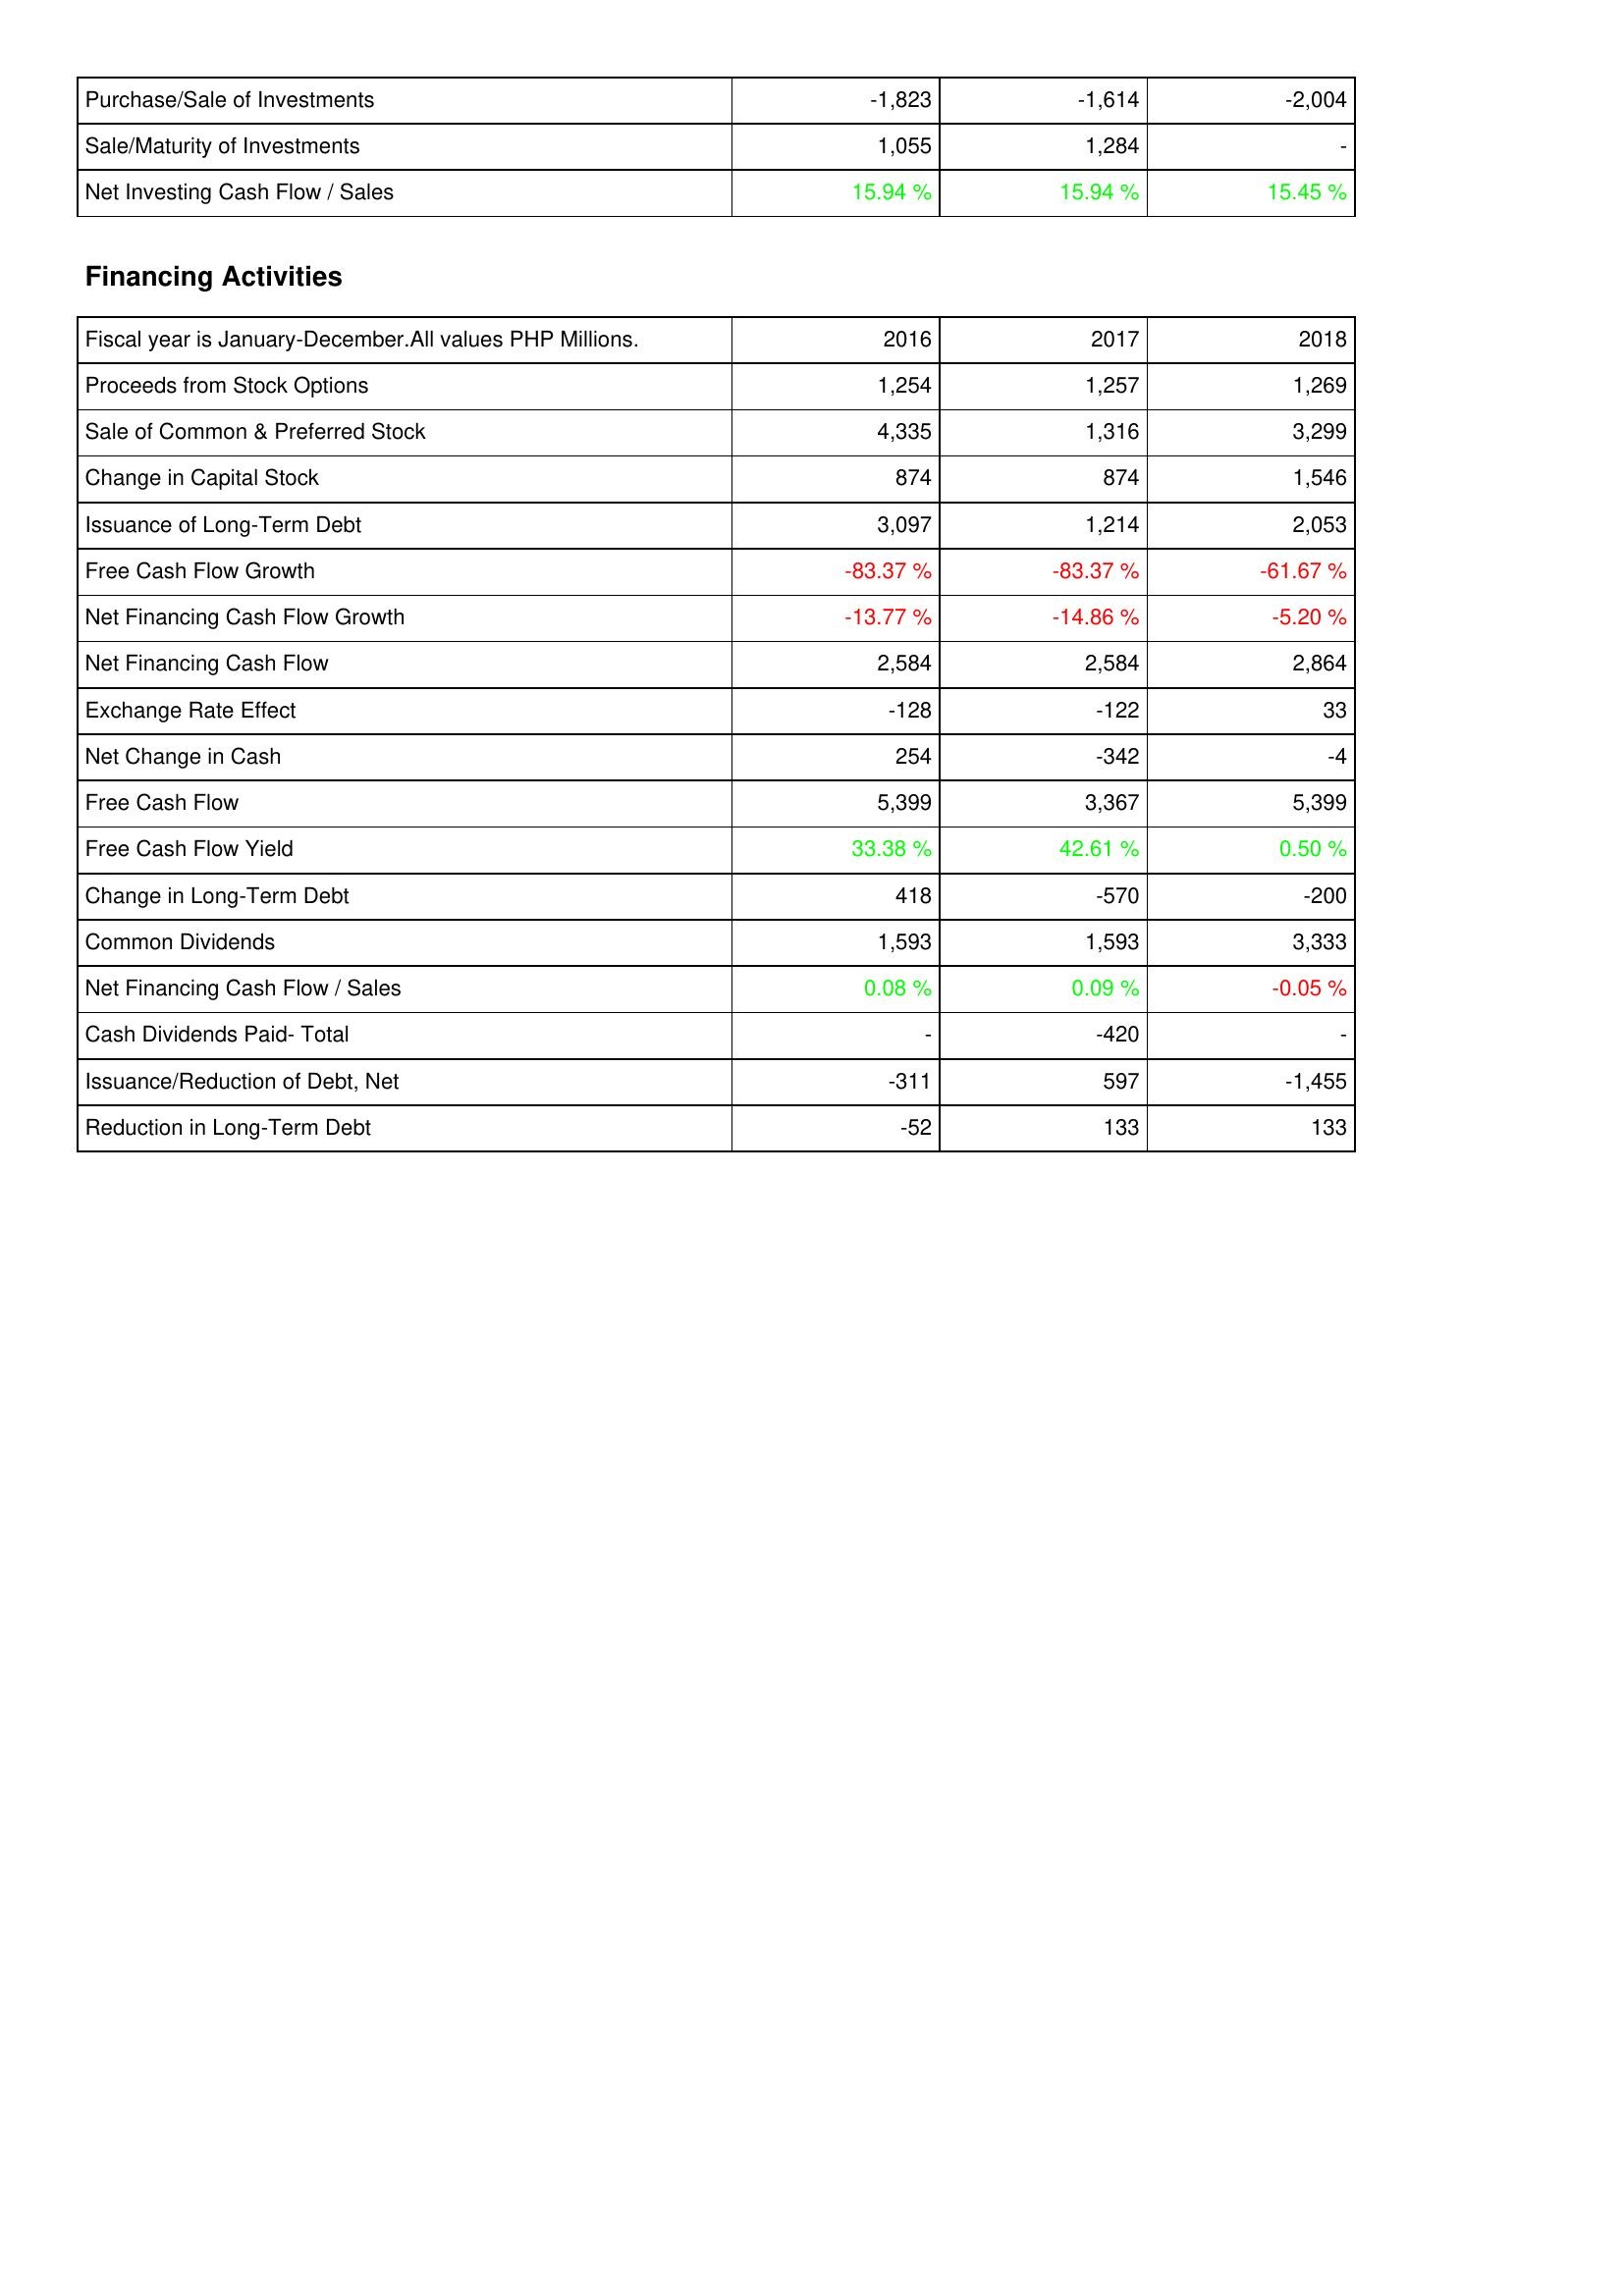
2016: Investing Activities: Purchase/Sale of Investments: -1,823
Sale/Maturity of Investments: 1,055
Net Investing Cash Flow / Sales: 15.94 %
Financing Activities: Proceeds from Stock Options: 1,254
Sale of Common & Preferred Stock: 4,335
Change in Capital Stock: 874
Issuance of Long-Term Debt: 3,097
Free Cash Flow Growth: -83.37 %
Net Financing Cash Flow Growth: -13.77 %
Net Financing Cash Flow: 2,584
Exchange Rate Effect: -128
Net Change in Cash: 254
Free Cash Flow: 5,399
Free Cash Flow Yield: 33.38 %
Change in Long-Term Debt: 418
Common Dividends: 1,593
Net Financing Cash Flow / Sales: 0.08 %
Cash Dividends Paid- Total: -
Issuance/Reduction of Debt, Net: -311
Reduction in Long-Term Debt: -52
2017: Investing Activities: Purchase/Sale of Investments: -1,614
Sale/Maturity of Investments: 1,284
Net Investing Cash Flow / Sales: 15.94 %
Financing Activities: Proceeds from Stock Options: 1,257
Sale of Common & Preferred Stock: 1,316
Change in Capital Stock: 874
Issuance of Long-Term Debt: 1,214
Free Cash Flow Growth: -83.37 %
Net Financing Cash Flow Growth: -14.86 %
Net Financing Cash Flow: 2,584
Exchange Rate Effect: -122
Net Change in Cash: -342
Free Cash Flow: 3,367
Free Cash Flow Yield: 42.61 %
Change in Long-Term Debt: -570
Common Dividends: 1,593
Net Financing Cash Flow / Sales: 0.09 %
Cash Dividends Paid- Total: -420
Issuance/Reduction of Debt, Net: 597
Reduction in Long-Term Debt: 133
2018: Investing Activities: Purchase/Sale of Investments: -2,004
Sale/Maturity of Investments: -
Net Investing Cash Flow / Sales: 15.45 %
Financing Activities: Proceeds from Stock Options: 1,269
Sale of Common & Preferred Stock: 3,299
Change in Capital Stock: 1,546
Issuance of Long-Term Debt: 2,053
Free Cash Flow Growth: -61.67 %
Net Financing Cash Flow Growth: -5.20 %
Net Financing Cash Flow: 2,864
Exchange Rate Effect: 33
Net Change in Cash: -4
Free Cash Flow: 5,399
Free Cash Flow Yield: 0.50 %
Change in Long-Term Debt: -200
Common Dividends: 3,333
Net Financing Cash Flow / Sales: -0.05 %
Cash Dividends Paid- Total: -
Issuance/Reduction of Debt, Net: -1,455
Reduction in Long-Term Debt: 133